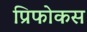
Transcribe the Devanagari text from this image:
प्रिफोकस